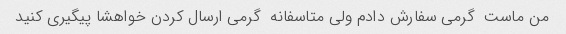
من ماست  گرمی سفارش دادم ولی متاسفانه  گرمی ارسال کردن خواهشا پیگیری کنید